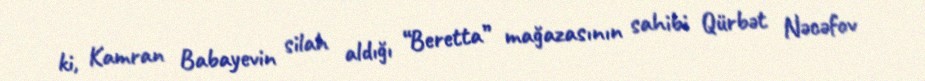
ki, Kamran Babayevin silah aldığı “Beretta” mağazasının sahibi Qürbət Nəcəfov